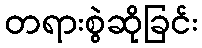
တရားစွဲဆိုခြင်း